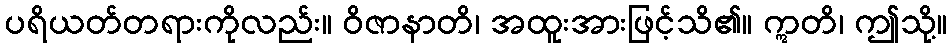
ပရိယတ်တရားကိုလည်း။ ဝိဇာနာတိ၊ အထူးအားဖြင့်သိ၏။ ဣတိ၊ ဤသို့။